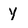
Character: Y